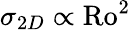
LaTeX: \sigma_{2D}\propto\mathrm{Ro}^{2}